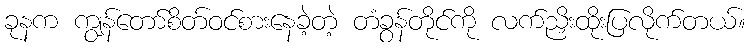
ခုနက ကျွန်တော်စိတ်ဝင်စားနေခဲ့တဲ့ တံခွန်တိုင်ကို လက်ညှိးထိုးပြလိုက်တယ်။